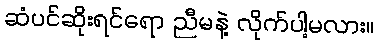
ဆံပင်ဆိုးရင်ရော ညီမနဲ့ လိုက်ပါ့မလား။